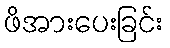
ဖိအားပေးခြင်း